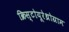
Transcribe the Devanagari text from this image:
क्रिस्टोयूरेथ्रोग्राम